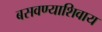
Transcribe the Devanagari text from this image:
बसवण्याशिवाय